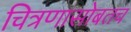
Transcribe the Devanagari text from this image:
चित्रणासोबतच